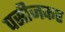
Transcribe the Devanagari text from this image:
पसीजकर